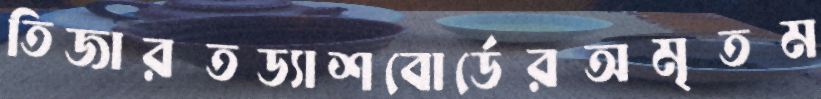
তিজারতড্যাশবোর্ডেরঅমৃতম